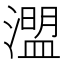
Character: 𤀄